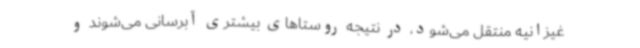
غیزانیه منتقل می‌شود، در نتیجه روستاهای بیشتری آبرسانی می‌شوند و